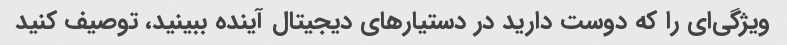
ویژگی‌ای را که دوست دارید در دستیارهای دیجیتال آینده ببینید، توصیف کنید